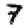
Digit: 7